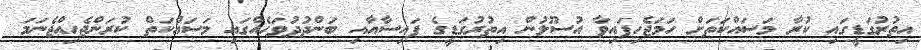
އިތުރުގަޑީގައި ކުރާ މަސައްކަތަށް ހަމަޖެހިފައިވާ އުސޫލުން އިތުރުގަޑީގެ ފައިސާއާއި ބަންދުދުވަހެއްގައި މަސައްކަތް ކުރަންޖެހިއްޖެނަމަ